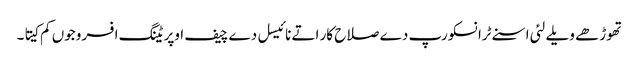
تھوڑھے ویلے لئی اسنے ٹرانسکورپ دے صلاح کار اتے نائیسل دے چیف اوپریٹنگ افسر وجوں کم کیتا۔